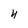
Character: 4